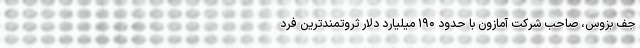
جف بزوس، صاحب شرکت آمازون با حدود ۱۹۰ میلیارد دلار ثروتمندترین فرد